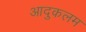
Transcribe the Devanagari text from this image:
आदुकलम